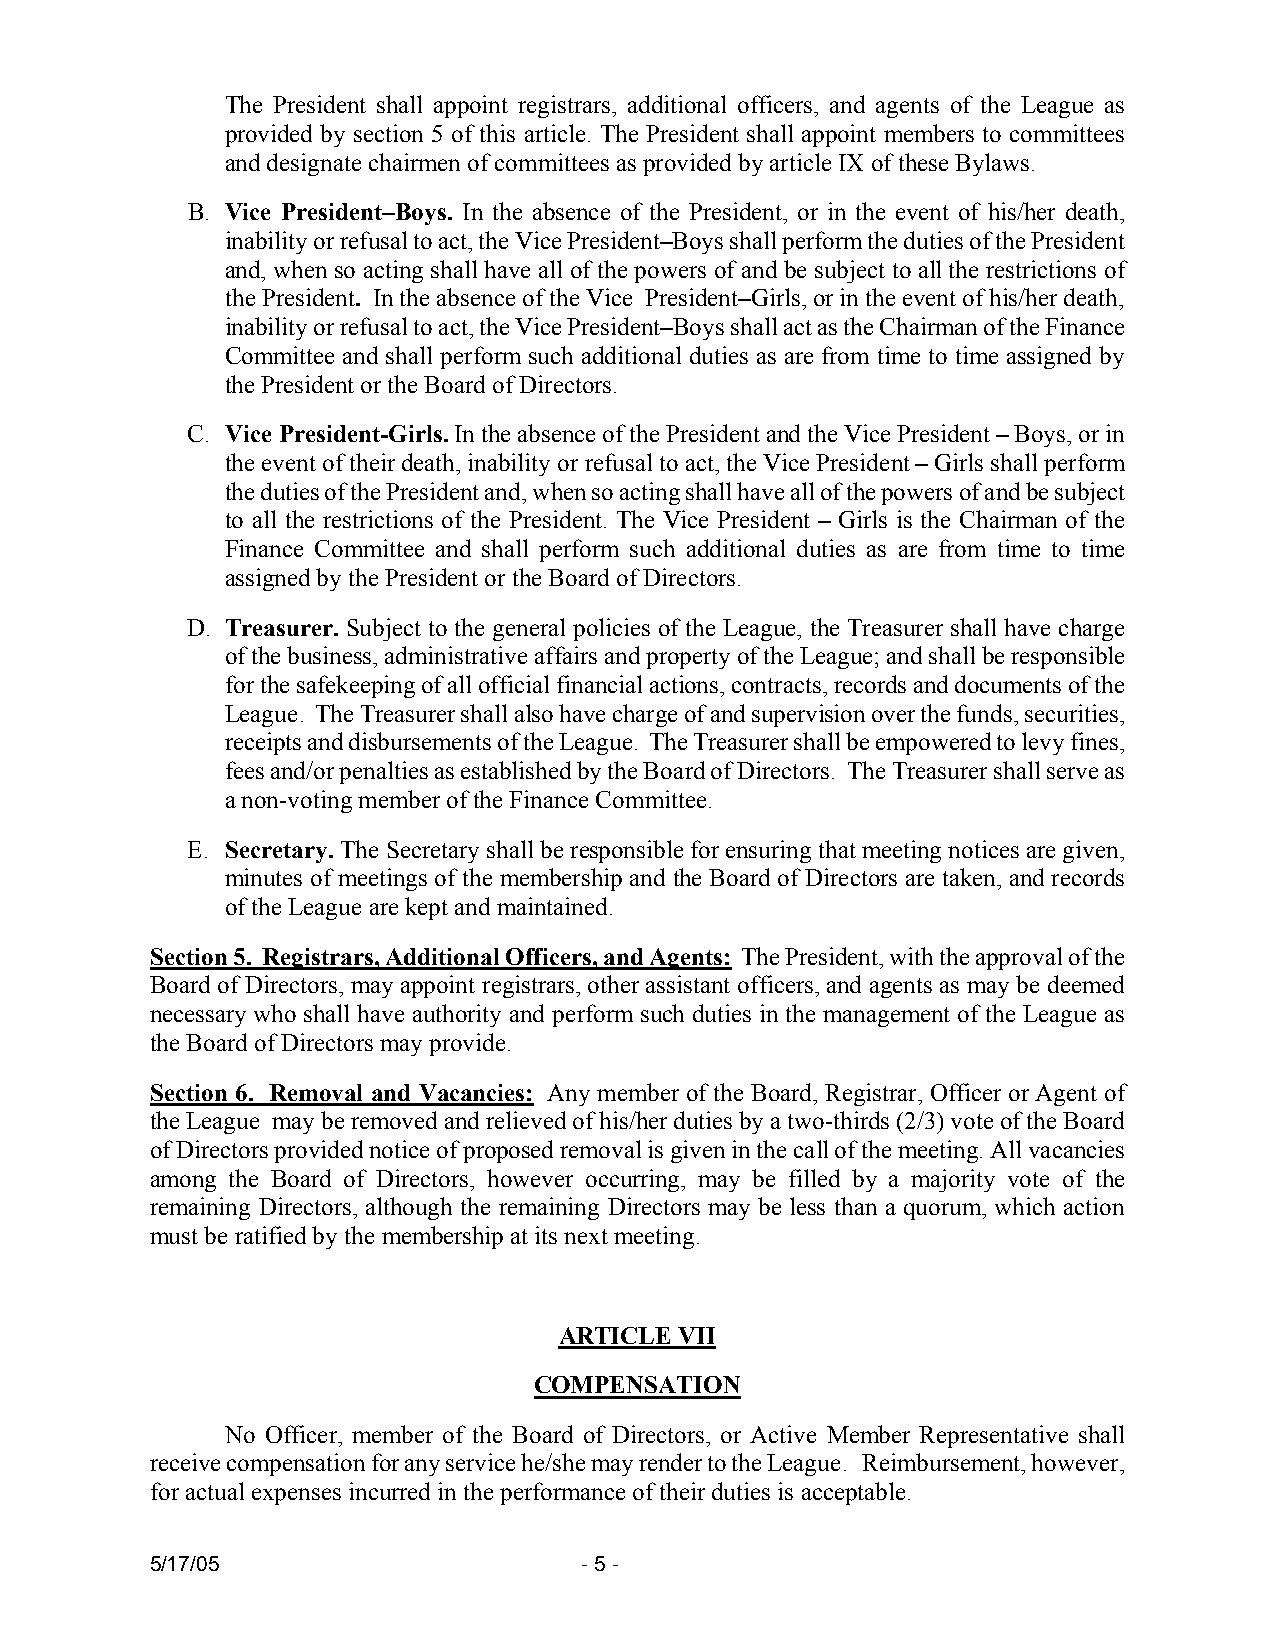
The President shall appoint registrars, additional officers, and agents of the League as
 provided by section 5 of this article. The President shall appoint members to committees
 and designate chairmen of committees as provided by article IX of these Bylaws.
 B. Vice President–Boys. In the absence of the President, or in the event of his/her death,
 inability or refusal to act, the Vice President–Boys shall perform the duties of the President
 and, when so acting shall have all of the powers of and be subject to all the restrictions of
 the President. In the absence of the Vice President–Girls, or in the event of his/her death,
 inability or refusal to act, the Vice President–Boys shall act as the Chairman of the Finance
 Committee and shall perform such additional duties as are from time to time assigned by
 the President or the Board of Directors.
 C. Vice President-Girls. In the absence of the President and the Vice President – Boys, or in
 the event of their death, inability or refusal to act, the Vice President – Girls shall perform
 the duties of the President and, when so acting shall have all of the powers of and be subject
 to all the restrictions of the President. The Vice President – Girls is the Chairman of the
 Finance Committee and shall perform such additional duties as are from time to time
 assigned by the President or the Board of Directors.
 D. Treasurer. Subject to the general policies of the League, the Treasurer shall have charge
 of the business, administrative affairs and property of the League; and shall be responsible
 for the safekeeping of all official financial actions, contracts, records and documents of the
 League. The Treasurer shall also have charge of and supervision over the funds, securities,
 receipts and disbursements of the League. The Treasurer shall be empowered to levy fines,
 fees and/or penalties as established by the Board of Directors. The Treasurer shall serve as
 a non-voting member of the Finance Committee.
 E. Secretary. The Secretary shall be responsible for ensuring that meeting notices are given,
 minutes of meetings of the membership and the Board of Directors are taken, and records
 of the League are kept and maintained.
 Section 5. Registrars, Additional Officers, and Agents: The President, with the approval of the
 Board of Directors, may appoint registrars, other assistant officers, and agents as may be deemed
 necessary who shall have authority and perform such duties in the management of the League as
 the Board of Directors may provide.
 Section 6. Removal and Vacancies: Any member of the Board, Registrar, Officer or Agent of
 the League may be removed and relieved of his/her duties by a two-thirds (2/3) vote of the Board
 of Directors provided notice of proposed removal is given in the call of the meeting. All vacancies
 among the Board of Directors, however occurring, may be filled by a majority vote of the
 remaining Directors, although the remaining Directors may be less than a quorum, which action
 must be ratified by the membership at its next meeting.
 ARTICLE VII
 COMPENSATION
 No Officer, member of the Board of Directors, or Active Member Representative shall
 receive compensation for any service he/she may render to the League. Reimbursement, however,
 for actual expenses incurred in the performance of their duties is acceptable.
 5/17/05                      - 5 -